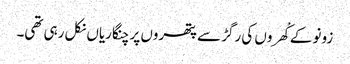
زونو کے کْھروں کی رگڑ سے پتھروں پر چنگاریاں نکل رہی تھی۔